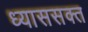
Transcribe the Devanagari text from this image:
ध्याससक्त